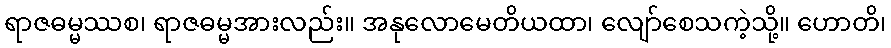
ရာဇဓမ္မဿစ၊ ရာဇဓမ္မအားလည်း။ အနုလောမေတိယထာ၊ လျော်စေသကဲ့သို့။ ဟောတိ၊